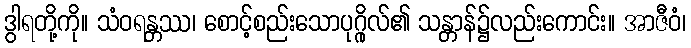
ဒွါရတို့ကို။ သံဝရန္တဿ၊ စောင့်စည်းသောပုဂ္ဂိုလ်၏ သန္တာန်၌လည်းကောင်း။ အာဇီဝံ၊